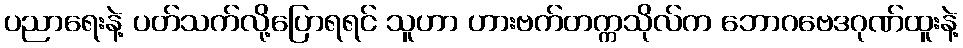
ပညာရေးနဲ့ ပတ်သက်လို့ပြောရရင် သူဟာ ဟားဗက်တက္ကသိုလ်က ဘောဂဗေဒဂုဏ်ထူးနဲ့